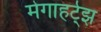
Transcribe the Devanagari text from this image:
मेगाहर्ट्झ